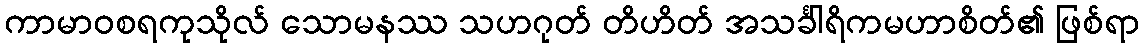
ကာမာဝစရကုသိုလ် သောမနဿ သဟဂုတ် တိဟိတ် အသင်္ခါရိကမဟာစိတ်၏ ဖြစ်ရာ